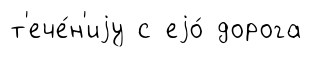
т'ече́н'иjу с еjо́ дорога